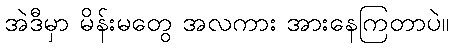
အဲဒီမှာ မိန်းမတွေ အလကား အားနေကြတာပဲ။